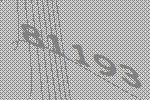
81193